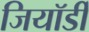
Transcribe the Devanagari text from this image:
जियॉर्डी